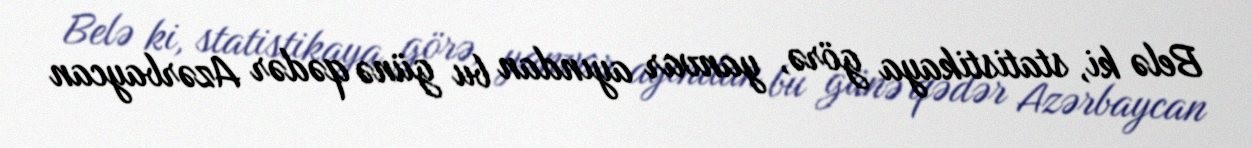
Belə ki, statistikaya görə, yanvar ayından bu günə qədər Azərbaycan